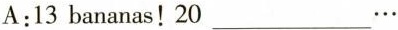
A:13 bananas!20___…